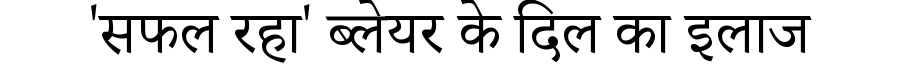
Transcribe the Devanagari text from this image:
'सफल रहा' ब्लेयर के दिल का इलाज